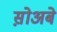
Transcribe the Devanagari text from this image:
स़ोअबे